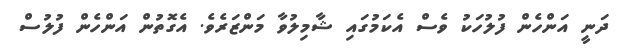
ދަނީ އަންހެން ފުލުހަކު ވެސް އެކަމުގައި ޝާމިލުވާ މަންޒަރެވެ. އެގޮތުން އަންހެން ފުލުސް